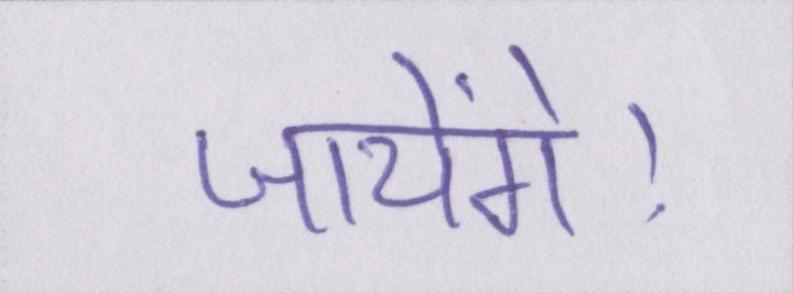
जायेंगे।